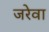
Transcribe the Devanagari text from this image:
जरेवा